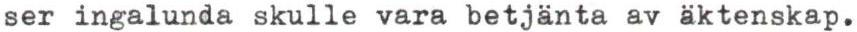
ser ingalunda skulle vara betjänta av äktenskap.